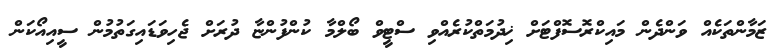
ޒަމާންތަކެއް ވަންދެން މައިކްރޮސޮފްޓަށް ޚިދުމަތްކުރެއްވި ސްޓީވް ބޯލްމާ ކުންފުންޏާ ދުރަށް ޖެހިވަޑައިގަތުމުން ސީއިއޯކަން